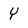
Character: Y